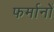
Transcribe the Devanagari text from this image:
फर्मानों